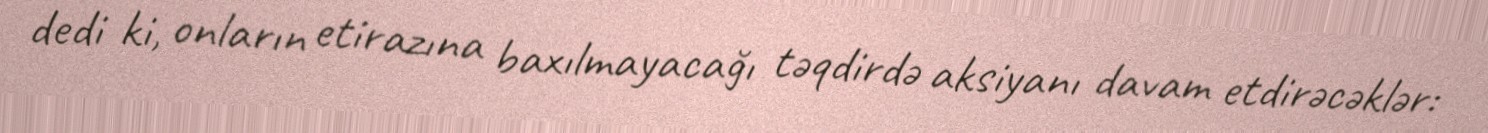
dedi ki, onların etirazına baxılmayacağı təqdirdə aksiyanı davam etdirəcəklər: